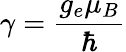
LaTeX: \gamma=\frac{g_{e}\mu_{B}}{\hbar}